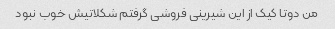
من دوتا کیک از این شیرینی فروشی گرفتم شکلاتیش خوب نبود